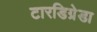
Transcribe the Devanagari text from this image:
टारडिग्रेडा